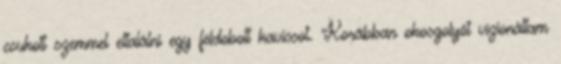
csukott szemmel eltalálni egy feldobott kavicsot. Korábban okosgolyót vizionáltam